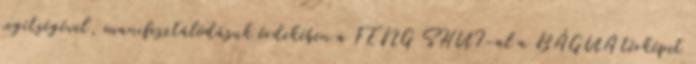
segítségével, manifesztálódásuk érdekében a FENG SHUI-al a BÁGUA térképet